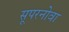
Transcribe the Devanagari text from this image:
सूपरनोवा